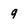
Character: 9